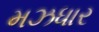
મઝધાર